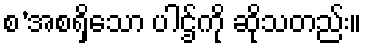
စ’အစရှိသော ပါဌ်ကို ဆိုသတည်း။